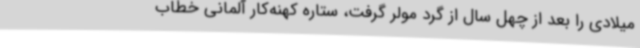
میلادی را بعد از چهل سال از گرد مولر گرفت، ستاره کهنه‌کار آلمانی خطاب